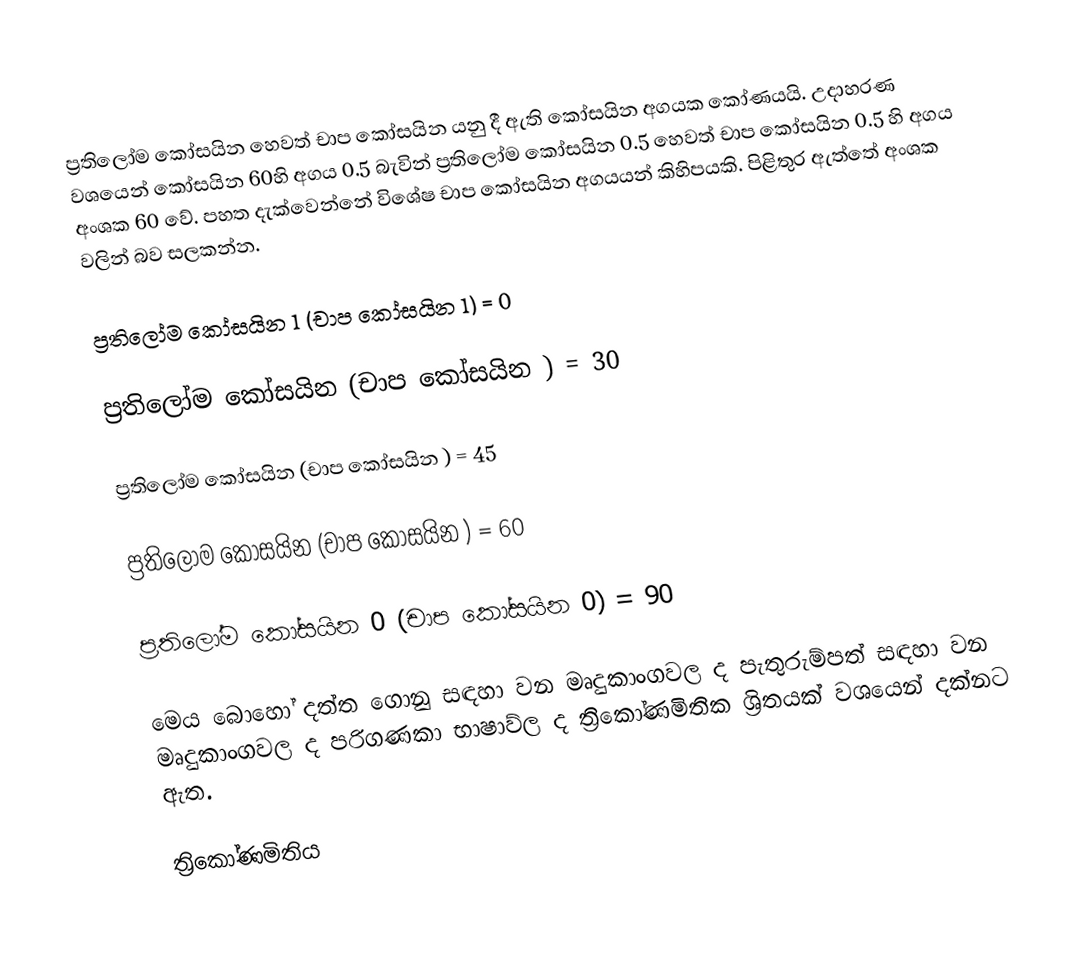
ප්‍රතිලෝම කෝසයින හෙවත් චාප කෝසයින යනු දී ඇති කෝසයින අගයක කෝණයයි. උදාහරණ වශයෙන් කෝසයින 60හි අගය 0.5 බැවින් ප්‍රතිලෝම කෝසයින 0.5 හෙවත් චාප කෝසයින 0.5 හි අගය අංශක 60 වේ. පහත දැක්වෙන්නේ විශේෂ චාප කෝසයින අගයයන් කිහිපයකි. පිළිතුර ඇත්තේ අංශක වලින් බව සලකන්න.

ප්‍රතිලෝම කෝසයින 1 (චාප කෝසයින 1) = 0

ප්‍රතිලෝම කෝසයින      (චාප කෝසයින ) = 30

ප්‍රතිලෝම කෝසයින     (චාප කෝසයින  ) = 45

ප්‍රතිලෝම කෝසයින     (චාප කෝසයින  ) = 60

ප්‍රතිලෝම කෝසයින 0 (චාප කෝසයින 0) = 90

මෙය බොහෝ දත්ත ගොනු සඳහා වන මෘදුකාංගවල ද පැතුරුම්පත් සඳහා වන මෘදුකාංගවල ද පරිගණකා භාෂාව්ල ද ත්‍රිකෝණමිතික ශ්‍රිතයක් වශයෙන් දක්නට ඇත.

ත්‍රිකෝණමිතිය